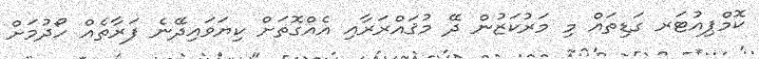
ކޮމްޕިއުޓަރ ގަޑިތައް މި މަރުކަޒުން ދޭ މުޤައްރަރާއި އެއްގޮތަށް ކިޔަވައިދޭނެ ފަރާތެއް ހޯދުމަށް